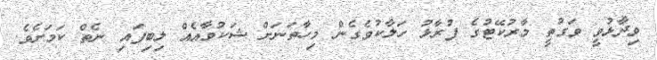
ވިދާޅުވީ ވަގުތީ މާރުކޭޓުގެ ފުރާޅު ހަލާކުވެގެން މިހާތަނަށް ޝަކުވާއެއް ލިބިފައި ނެތް ކަމަށެވެ.